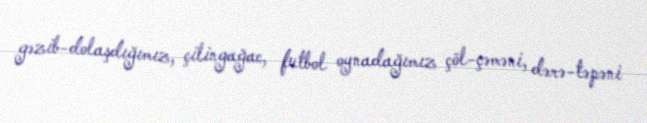
gəzib-dolaşdığımız, çilingağac, futbol oynadağımız çöl-çəməni, dərə-təpəni